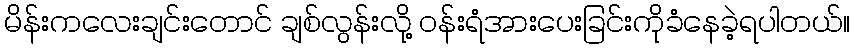
မိန်းကလေးချင်းတောင် ချစ်လွန်းလို့ ဝန်းရံအားပေးခြင်းကိုခံနေခဲ့ရပါတယ်။